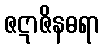
ဇဋာဇိနဓရာ